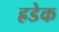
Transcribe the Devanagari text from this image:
ह्रडेक